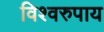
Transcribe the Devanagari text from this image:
विश्वरुपाय